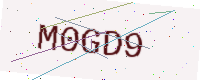
Text: M0GD9